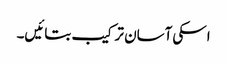
اسکی آسان ترکیب بتائیں۔